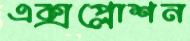
এক্সপ্লোশন